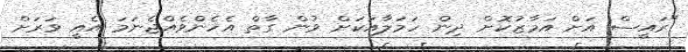
"ރައީސް އަށް އަމާޒުކޮށް ދިން ހަމަލާއަކަށް ވުން ގާތް އެހެންވެއްޖެނަމަ އެއީ ވަރަށް